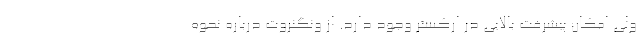
ولی امکان پیشرفت بالایی در ارکستر وجود دارد. از ونگنروت درباره نحوه